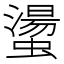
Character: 𧑘